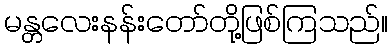
မန္တလေးနန်းတော်တို့ဖြစ်ကြသည်။